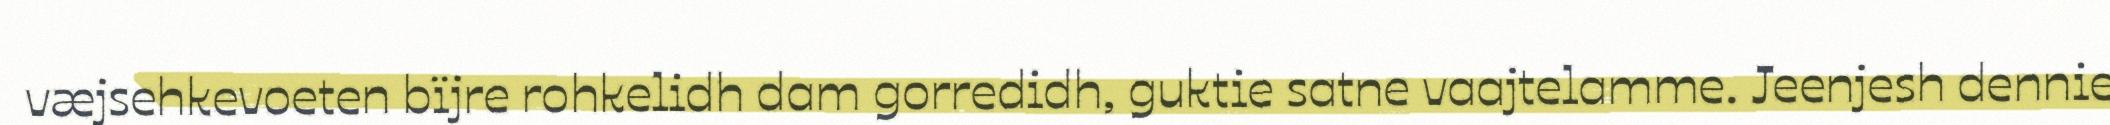
væjsehkevoeten bïjre rohkelidh dam gorredidh, guktie satne vaajtelamme. Jeenjesh dennie